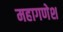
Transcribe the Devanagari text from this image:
महागणेश